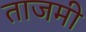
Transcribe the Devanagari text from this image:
ताजमी